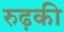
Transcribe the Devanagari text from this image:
रुढ़की